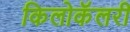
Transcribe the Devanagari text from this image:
किलोकॅलरी